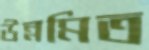
উন্নমিত